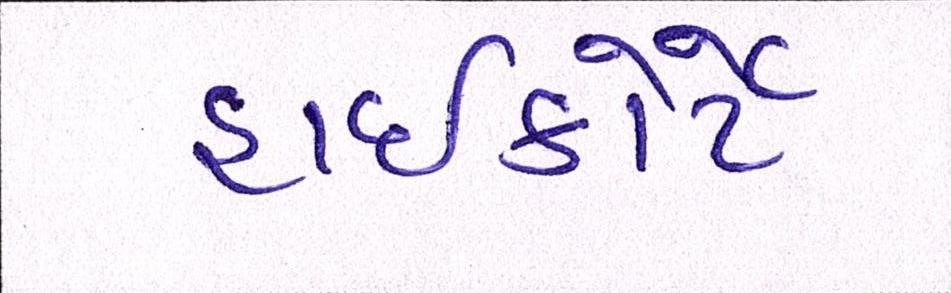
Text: હાઈકોર્ટે